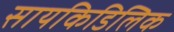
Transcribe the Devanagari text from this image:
सायकिडिलिक